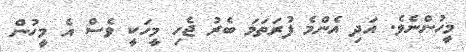
މީހުންނެވެ. އަދި އެންމެ ފުރަތަމަ ބެރު ޖެހި މީހަކީ ވެސް އެ މީހުން